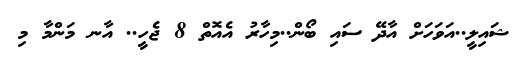
ޝައިލީ..އަވަހަށް އާދޭ ސައި ބޯން..މިހާރު އެއޮތް 8 ޖެހީ.. އާނ މަންމާ މި